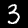
Digit: 3